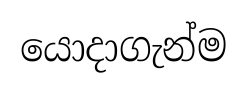
යොදාගැන්ම